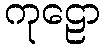
ကုဠော